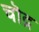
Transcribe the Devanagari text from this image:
चॊद्र